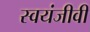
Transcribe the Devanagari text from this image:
स्वयंजीवी